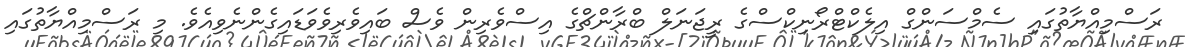
ރަސްމިއްޔާތުގައި ސެމްސަންގް އިލެކްޓްރޯނިކްސްގެ ރީޖަނަލް ބްރާންޗްގެ އިސްވެރިން ވެސް ބައިވެރިވެވަޑައިގެންނެވިއެވެ. މި ރަސްމިއްޔާތުގައި